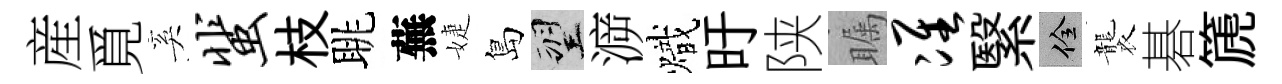
産覓奚蜚枝眺蕪婕島望㴑熾旴陕瞩准繄佺襲碁篪